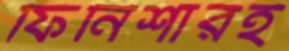
ফিনিশারই